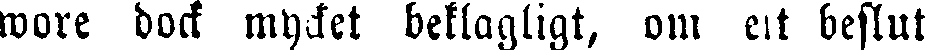
wore dock mycket beklagligt, om ett beslut